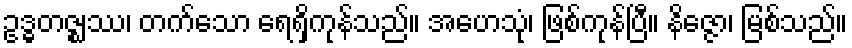
ဥဒ္ဓတဇ္ဈဿ၊ တက်သော ရေရှိကုန်သည်။ အဟေသုံ၊ ဖြစ်ကုန်ပြီ။ နိဇ္ဇော၊ မြစ်သည်။